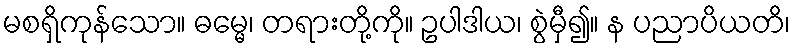
မစရှိကုန်သော။ ဓမ္မေ၊ တရားတို့ကို။ ဥပါဒါယ၊ စွဲမှီ၍။ န ပညာပိယတိ၊